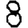
Digit: 8